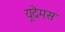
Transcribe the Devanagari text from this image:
यूदेमस